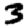
Digit: 3